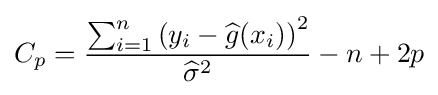
C_{p}={\frac {\sum _{i=1}^{n}\left(y_{i}-{\widehat {g}}(x_{i})\right)^{2}}{{\widehat {\sigma }}^{2}}}-n+2p